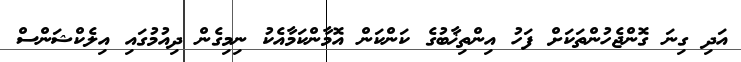
އަދި ގިނަ ގޮންޖެހުންތަކަށް ފަހު އިންތިޚާބުގެ ކަންކަން އޮމާންކަމާއެކު ނިމިގެން ދިއުމުގައި އިލެކްޝަންސް